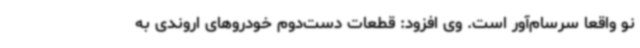
نو واقعاً سرسام‌آور است. وی افزود: قطعات دست‌دوم خودروهای اروندی به